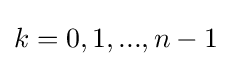
k=0,1,...,n-1